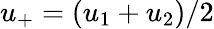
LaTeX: u_{+}=(u_{1}+u_{2})/2